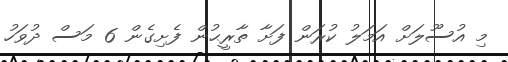
މި އުސޫލަށް އަމަލު ކުރަން ފަށާ ތާރީޙުން ފެށިގެން 6 މަސް ދުވަހު